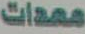
معدات